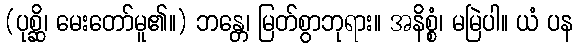
(ပုစ္ဆိ၊ မေးတော်မူ၏။) ဘန္တေ၊ မြတ်စွာဘုရား။ အနိစ္စံ၊ မမြဲပါ။ ယံ ပန